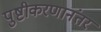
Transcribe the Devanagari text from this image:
पुष्टीकरणानंतर